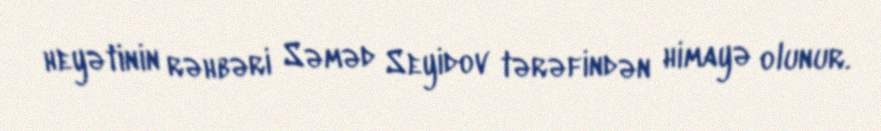
heyətinin rəhbəri Səməd Seyidov tərəfindən himayə olunur.